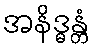
အနိဒ္ဓန္တံ